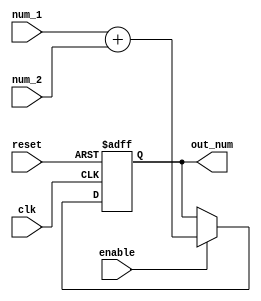
`timescale 1ns / 1ps
//////////////////////////////////////////////////////////////////////////////////
// Company: 
// 
// Design Name: 
// Module Name: adder
// Project Name: 
// Target Devices: 
// Tool Versions: 
// Description: 
// 
// Dependencies: 
// 
// Revision:
// Revision 0.01 - File Created
// Additional Comments:
// 
//////////////////////////////////////////////////////////////////////////////////

`ifndef num_width
    `define num_width 8
`endif
`ifndef data_bus
    `define data_bus (2*`num_width)
    `endif 

`ifndef high_val
    `define high_val 1'b1
    `endif 
`ifndef low_val
    `define low_val 1'b0
    `endif

module adder(
                input [`data_bus -1 : 0] num_1, num_2,
                input clk, reset, enable,
                output reg [`data_bus : 0] out_num
                );

// Adding 
parameter word_length = `data_bus;

always@(posedge clk or negedge reset)
    begin
        if (!reset)
            out_num <= {word_length{`low_val}};
            else if (enable)
            out_num <= num_1 + num_2;
    end
                                        
endmodule